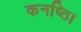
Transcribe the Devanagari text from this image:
कनष्ठाि